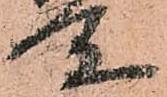
所